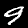
Label: 9